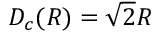
D _ { c } ( R ) = \sqrt { 2 } R